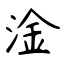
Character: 淦